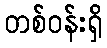
တစ်ဝန်းရှိ